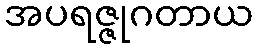
အပရဇ္ဇုဂတာယ